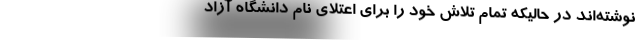
نوشته‌اند در حالیکه تمام تلاش خود را برای اعتلای نام دانشگاه آزاد